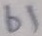
Text: b1